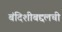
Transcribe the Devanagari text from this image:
बंदिशीबद्दलची